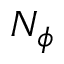
N _ { \phi }